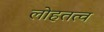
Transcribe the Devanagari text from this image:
लोहतत्व